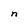
Character: n